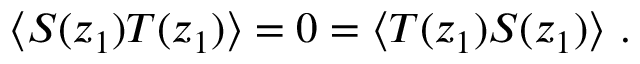
\langle S ( z _ { 1 } ) T ( z _ { 1 } ) \rangle = 0 = \langle T ( z _ { 1 } ) S ( z _ { 1 } ) \rangle \ .